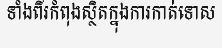
ទាំងពីរកំពុងស្ថិតក្នុងការកាត់ទោស